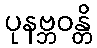
ပုနဗ္ဘဝန္တိ